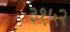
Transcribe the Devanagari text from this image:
३१५२